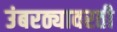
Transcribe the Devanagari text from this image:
उंबरठ्यावरती